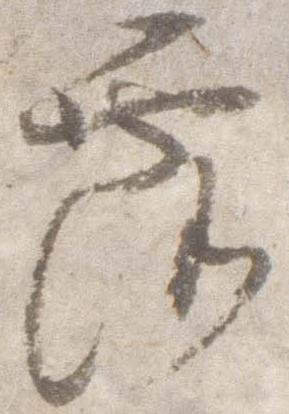
露